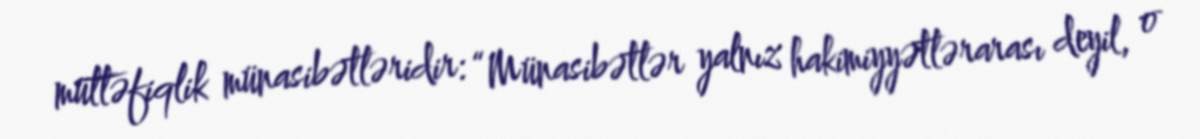
müttəfiqlik münasibətləridir: “Münasibətlər yalnız hakimiyyətlərarası deyil, o